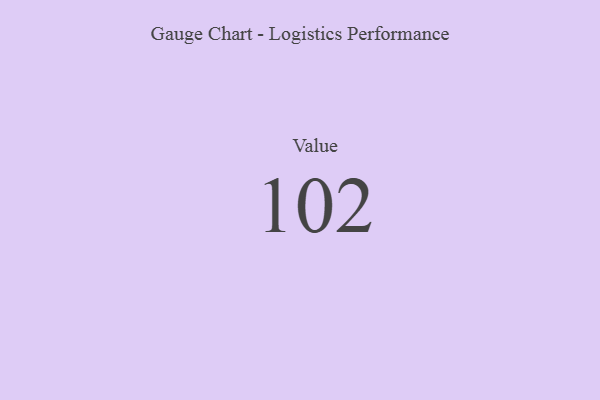
{"axis": {"x": "Metric", "y": "Value"}, "legend": [""], "data": [{"x": "Value", "y": 102, "type": ""}]}